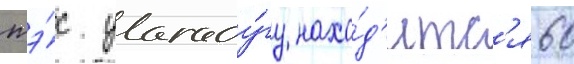
тэ́с уагаду́гу нахо́д'итс'я 60